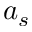
a _ { s }